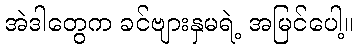
အဲဒါတွေက ခင်ဗျားနှမရဲ့ အမြင်ပေါ့။